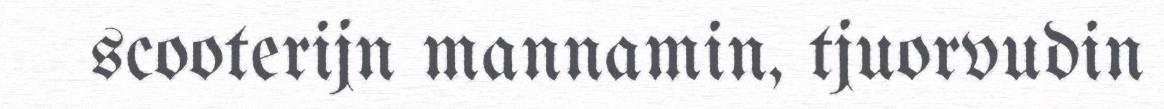
scooterijn mannamin, tjuorvudin